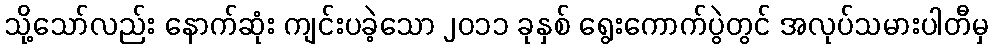
သို့သော်လည်း နောက်ဆုံး ကျင်းပခဲ့သော ၂၀၁၁ ခုနှစ် ရွေးကောက်ပွဲတွင် အလုပ်သမားပါတီမှ